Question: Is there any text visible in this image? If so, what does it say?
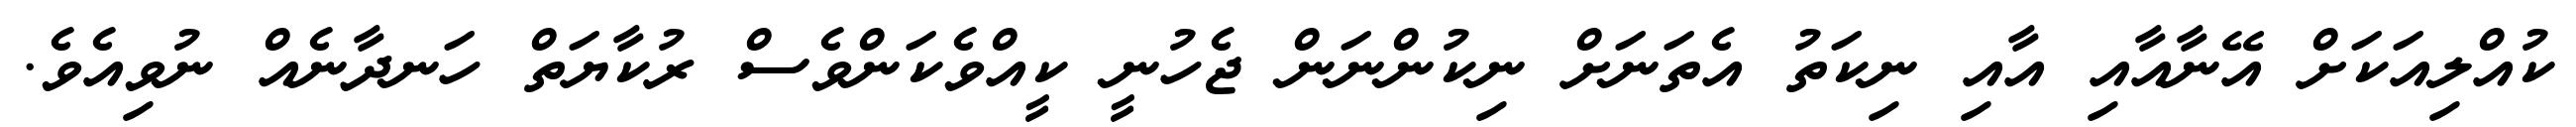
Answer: ކުއްލިއަކަށް އޭނާއާއި އާއި ނިކަތު އެތަނަށް ނިކުންނަން ޖެހުނީ ކީއްވެކަންވެސް ރުކާޔަތް ހަނދާނެއް ނުވިއެވެ.